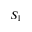
S _ { 1 }